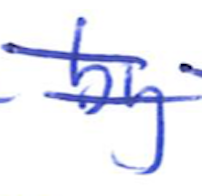
Text: by
Cross-out: double-line
Writing tool: ballpoint